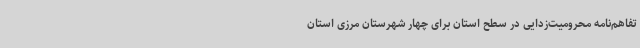
تفاهم‌نامه محرومیت‌زدایی در سطح استان برای چهار شهرستان مرزی استان